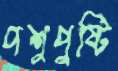
পশুপুষ্টি